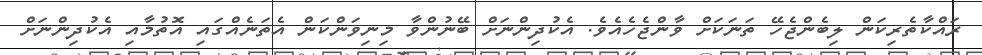
ރައްކާތެރިކަން ލިބެންޖެހޭ ތަނަކަށް ވާންޖެހެއެވެ. އެކުދިންނަށް ބޭނުންވާ މިނިވަންކަން އެތަނެއްގައި އޮތުމާއި އެކުދިންނަށް